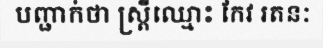
បញ្ជាក់ថា ស្ត្រីឈ្មោះ កែវ រតនៈ